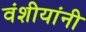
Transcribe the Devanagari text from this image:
वंशीयांनी